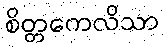
စိတ္တကေလိသာ